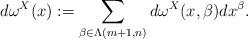
LaTeX: \begin{align*} d\omega^X(x):=\sum_{\beta\in \Lambda(m+1,n)} d\omega^X(x,\beta)dx^\beta. \end{align*}